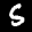
Label: 5